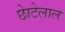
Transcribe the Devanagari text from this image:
छाेटेलाल